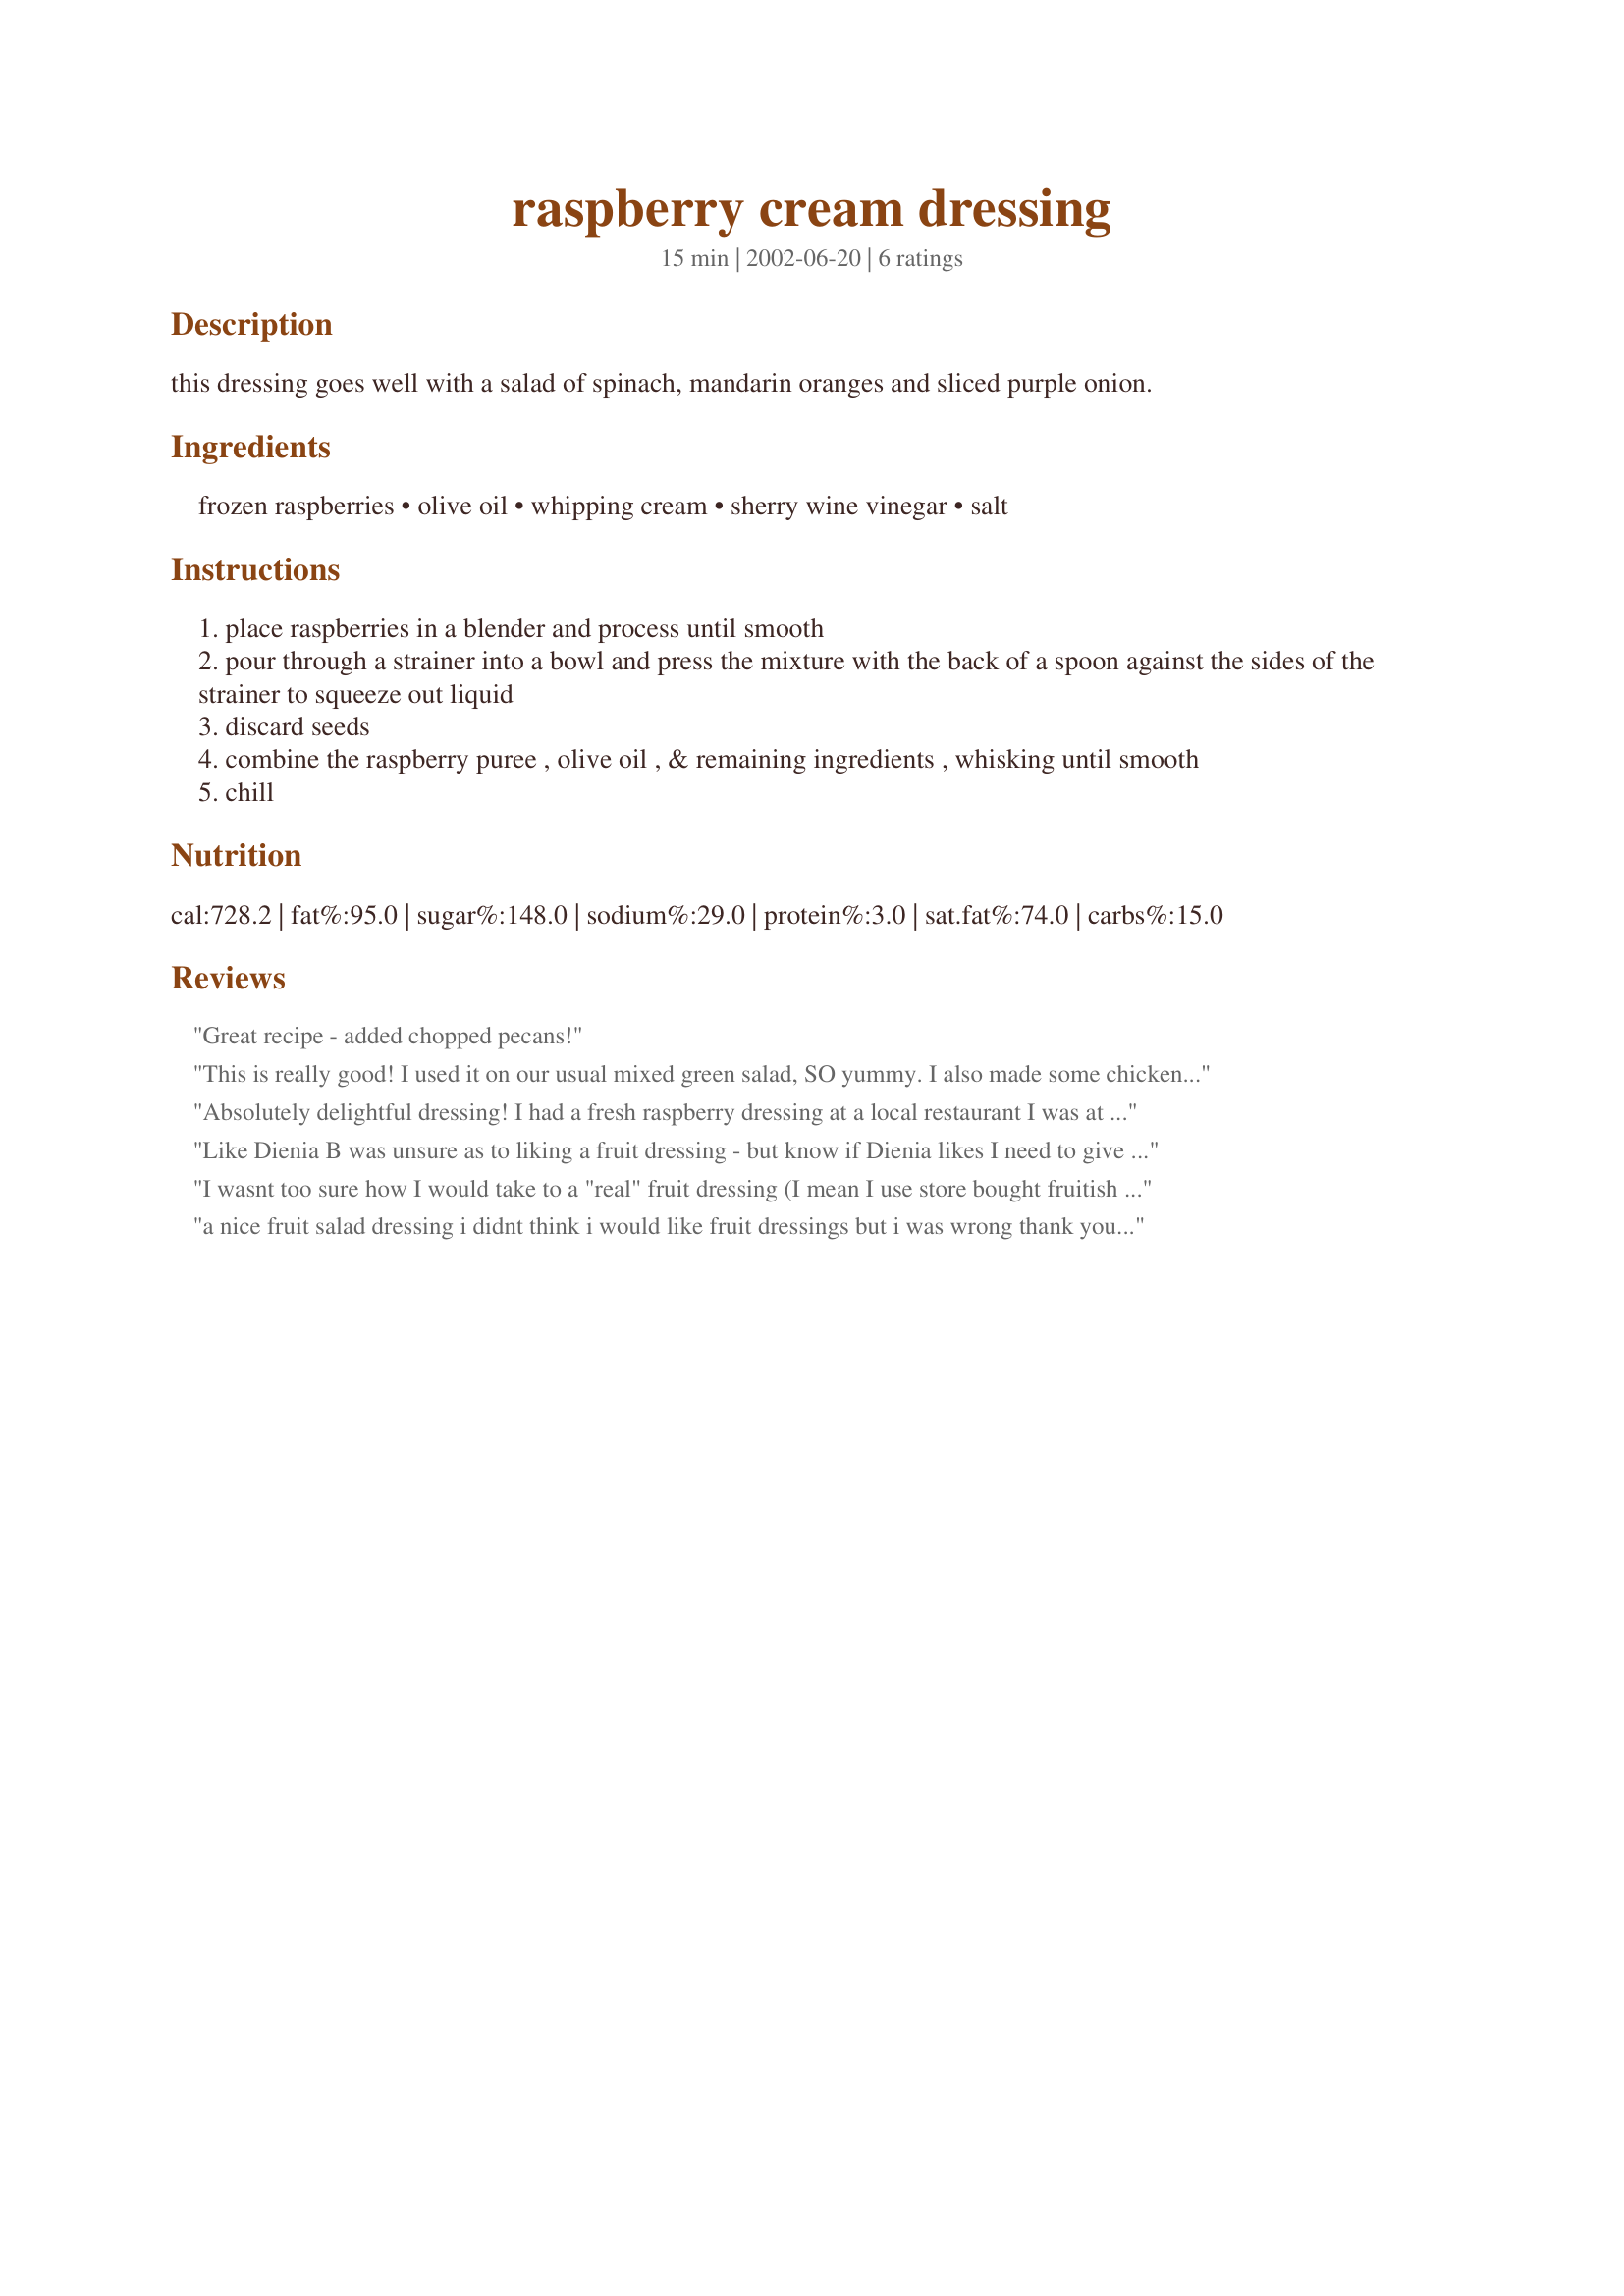
raspberry cream dressing
Preparation time: 15 minutes

this dressing goes well with a salad of spinach, mandarin oranges and sliced purple onion.

Ingredients:
frozen raspberries, olive oil, whipping cream, sherry wine vinegar, salt

Steps:
place raspberries in a blender and process until smooth
pour through a strainer into a bowl and press the mixture with the back of a spoon against the sides of the strainer to squeeze out liquid
discard seeds
combine the raspberry puree , olive oil , & remaining ingredients , whisking until smooth
chill

Reviews:
Great recipe - added chopped pecans!
This is really good! I used it on our usual mixed green salad, SO yummy. I also made some chicken salad for my mom and sister with it. I mixed chicken cubes, pecans, apple chunks, celery and a little mayo with the dressing. I got a call from my sister thanking me for it and that it was the best chicken salad they've ever had. :)Thank you so much for posting Merlot!
Absolutely delightful dressing! I had a fresh raspberry dressing at a local restaurant I was at recent;y and this is so similar! I served it on spinach salad with lightly toasted/brown sugar candied pecans and feta cheese (cukes too, my pref). Keeper for me!! **Went to Market tag 2007**
Like Dienia B was unsure as to liking a fruit dressing - but know if Dienia likes I need to give it a try! Enjoy I did - as I have all those Merlot recipes that have proven to be winners at our house. Used as suggested, makes for an appealing and great tasting salad that I will certainly be using for summer back yard gatherings Thank you Merlot.
I wasnt too sure how I would take to a "real" fruit dressing (I mean I use store bought fruitish kinds, but they arent quite fresh tasting) but I really enjoyed this on my spinach salad. I used fresh raspberries I picked from my back yard and left out the salt since I never put salt on anything for the most part. Great dressing when you arent looking to lighten up!
 a nice fruit salad dressing i didnt think i would like fruit dressings but i was wrong thank you for posting merlot has some great recipes check her out dee
